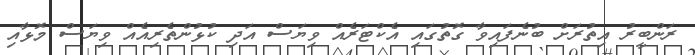
ރަންބީރު އިތުރަށް ބުނެފައިވާ ގޮތުގައި އެކްޓަރެއް ވިޔަސް އަދި ކުޅުންތެރިއެއް ވިޔަސް މޮޅާއި